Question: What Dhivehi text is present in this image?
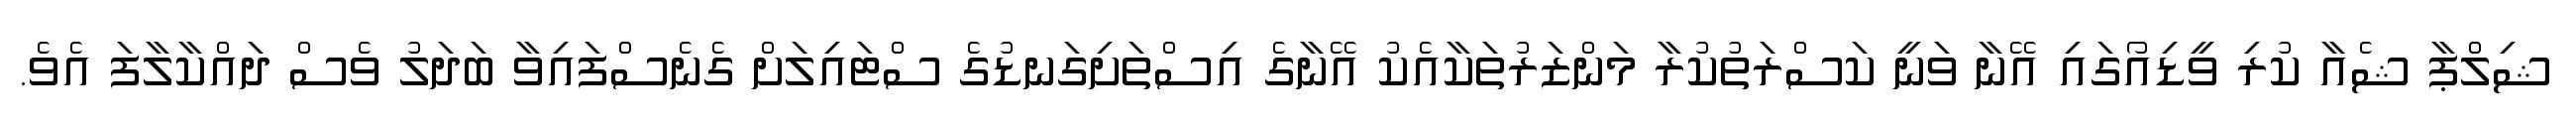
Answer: ޝިލްޕާ ޝެއާ ކުރި ވީޑިއޯގައި އޭނާ ވަނީ ކަސްރަތުކުރާ މަންޒަރުތަކާއެކު އޭނާގެ އިސްތަށިގަނޑުގެ ސްޓައިލަށް ގެނެސްފައިވާ ބަދަލު ވެސް ދައްކާލާފަ އެވެ.